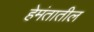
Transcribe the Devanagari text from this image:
हेमंतातील